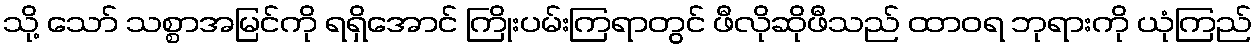
သို့ သော် သစ္စာအမြင်ကို ရရှိအောင် ကြိုးပမ်းကြရာတွင် ဖီလိုဆိုဖီသည် ထာဝရ ဘုရားကို ယုံကြည်